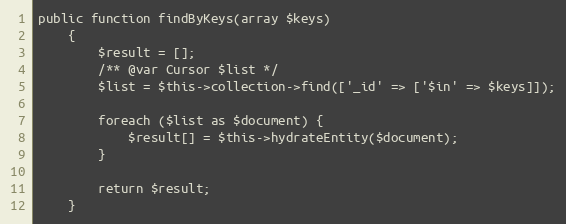
Language: PHP
public function findByKeys(array $keys)
    {
        $result = [];
        /** @var Cursor $list */
        $list = $this->collection->find(['_id' => ['$in' => $keys]]);

        foreach ($list as $document) {
            $result[] = $this->hydrateEntity($document);
        }

        return $result;
    }